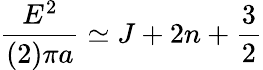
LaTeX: {\frac{E^{2}}{(2)\pi a}}\simeq J+2n+\frac 32